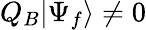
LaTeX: Q_{B}|\Psi_{f}\rangle\neq 0